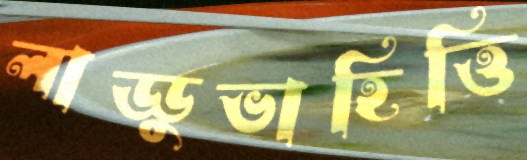
লাড্ডুভাহিত্তি